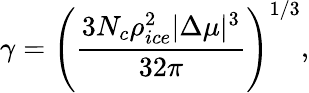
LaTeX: \gamma=\left(\frac{3N_{c}\rho_{ice}^{2}|\Delta\mu|^{3}}{32\pi}\right)^{1/3},